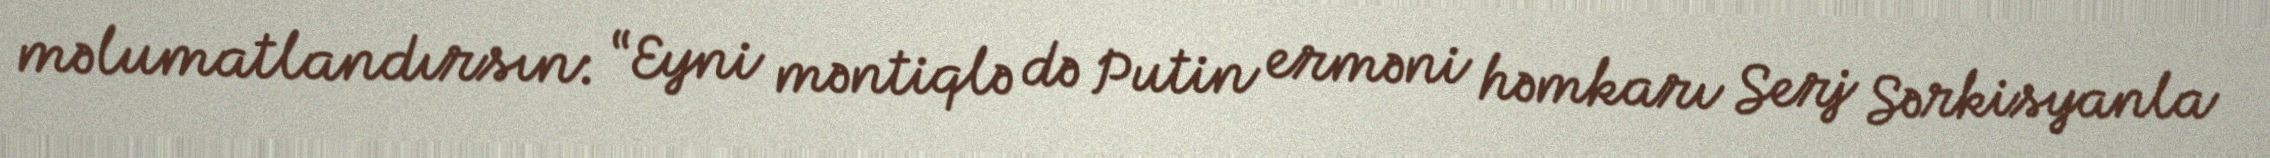
məlumatlandırsın: “Eyni məntiqlə də Putin erməni həmkarı Serj Sərkisyanla